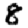
Digit: 8